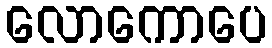
လောကောပေ